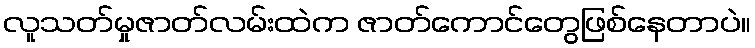
လူသတ်မှုဇာတ်လမ်းထဲက ဇာတ်ကောင်တွေဖြစ်နေတာပဲ။